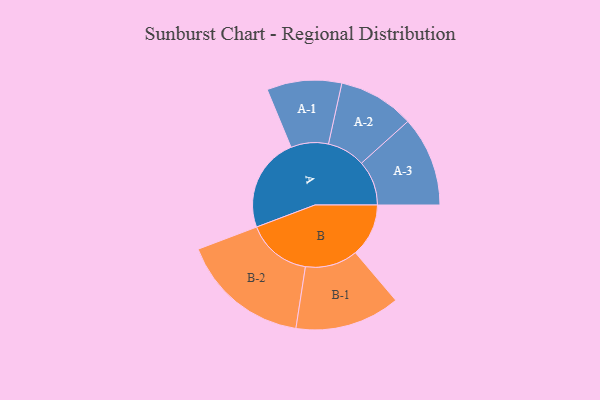
{"axis": {"x": "Segment", "y": "Value"}, "legend": ["", "A", "B"], "data": [{"x": "A", "y": 424, "type": ""}, {"x": "B", "y": 239, "type": ""}, {"x": "A-1", "y": 168, "type": "A"}, {"x": "A-2", "y": 171, "type": "A"}, {"x": "A-3", "y": 202, "type": "A"}, {"x": "B-1", "y": 236, "type": "B"}, {"x": "B-2", "y": 291, "type": "B"}]}